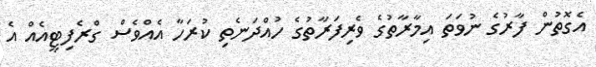
އެގޮތުން ފާރުގެ ނުވަތަ އިމާރާތުގެ ވެރިފަރާތުގެ ހުއްދަނެތި ކުރަހާ އެއްވެސް ގްރެފިޓީއެއް އެ